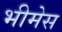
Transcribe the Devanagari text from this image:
भीमेस